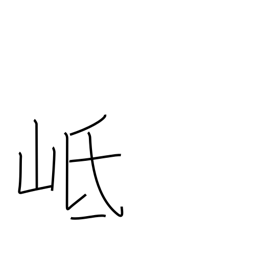
Meaning: name of a mountain